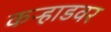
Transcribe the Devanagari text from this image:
कऱ्हाडवर